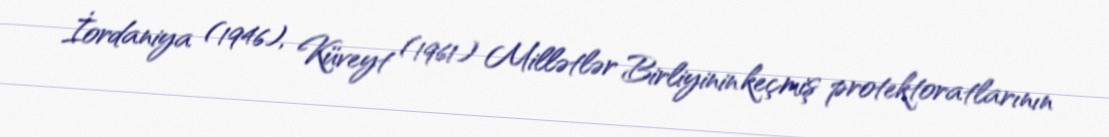
İordaniya (1946), Küveyt (1961) Millətlər Birliyinin keçmiş protektoratlarının